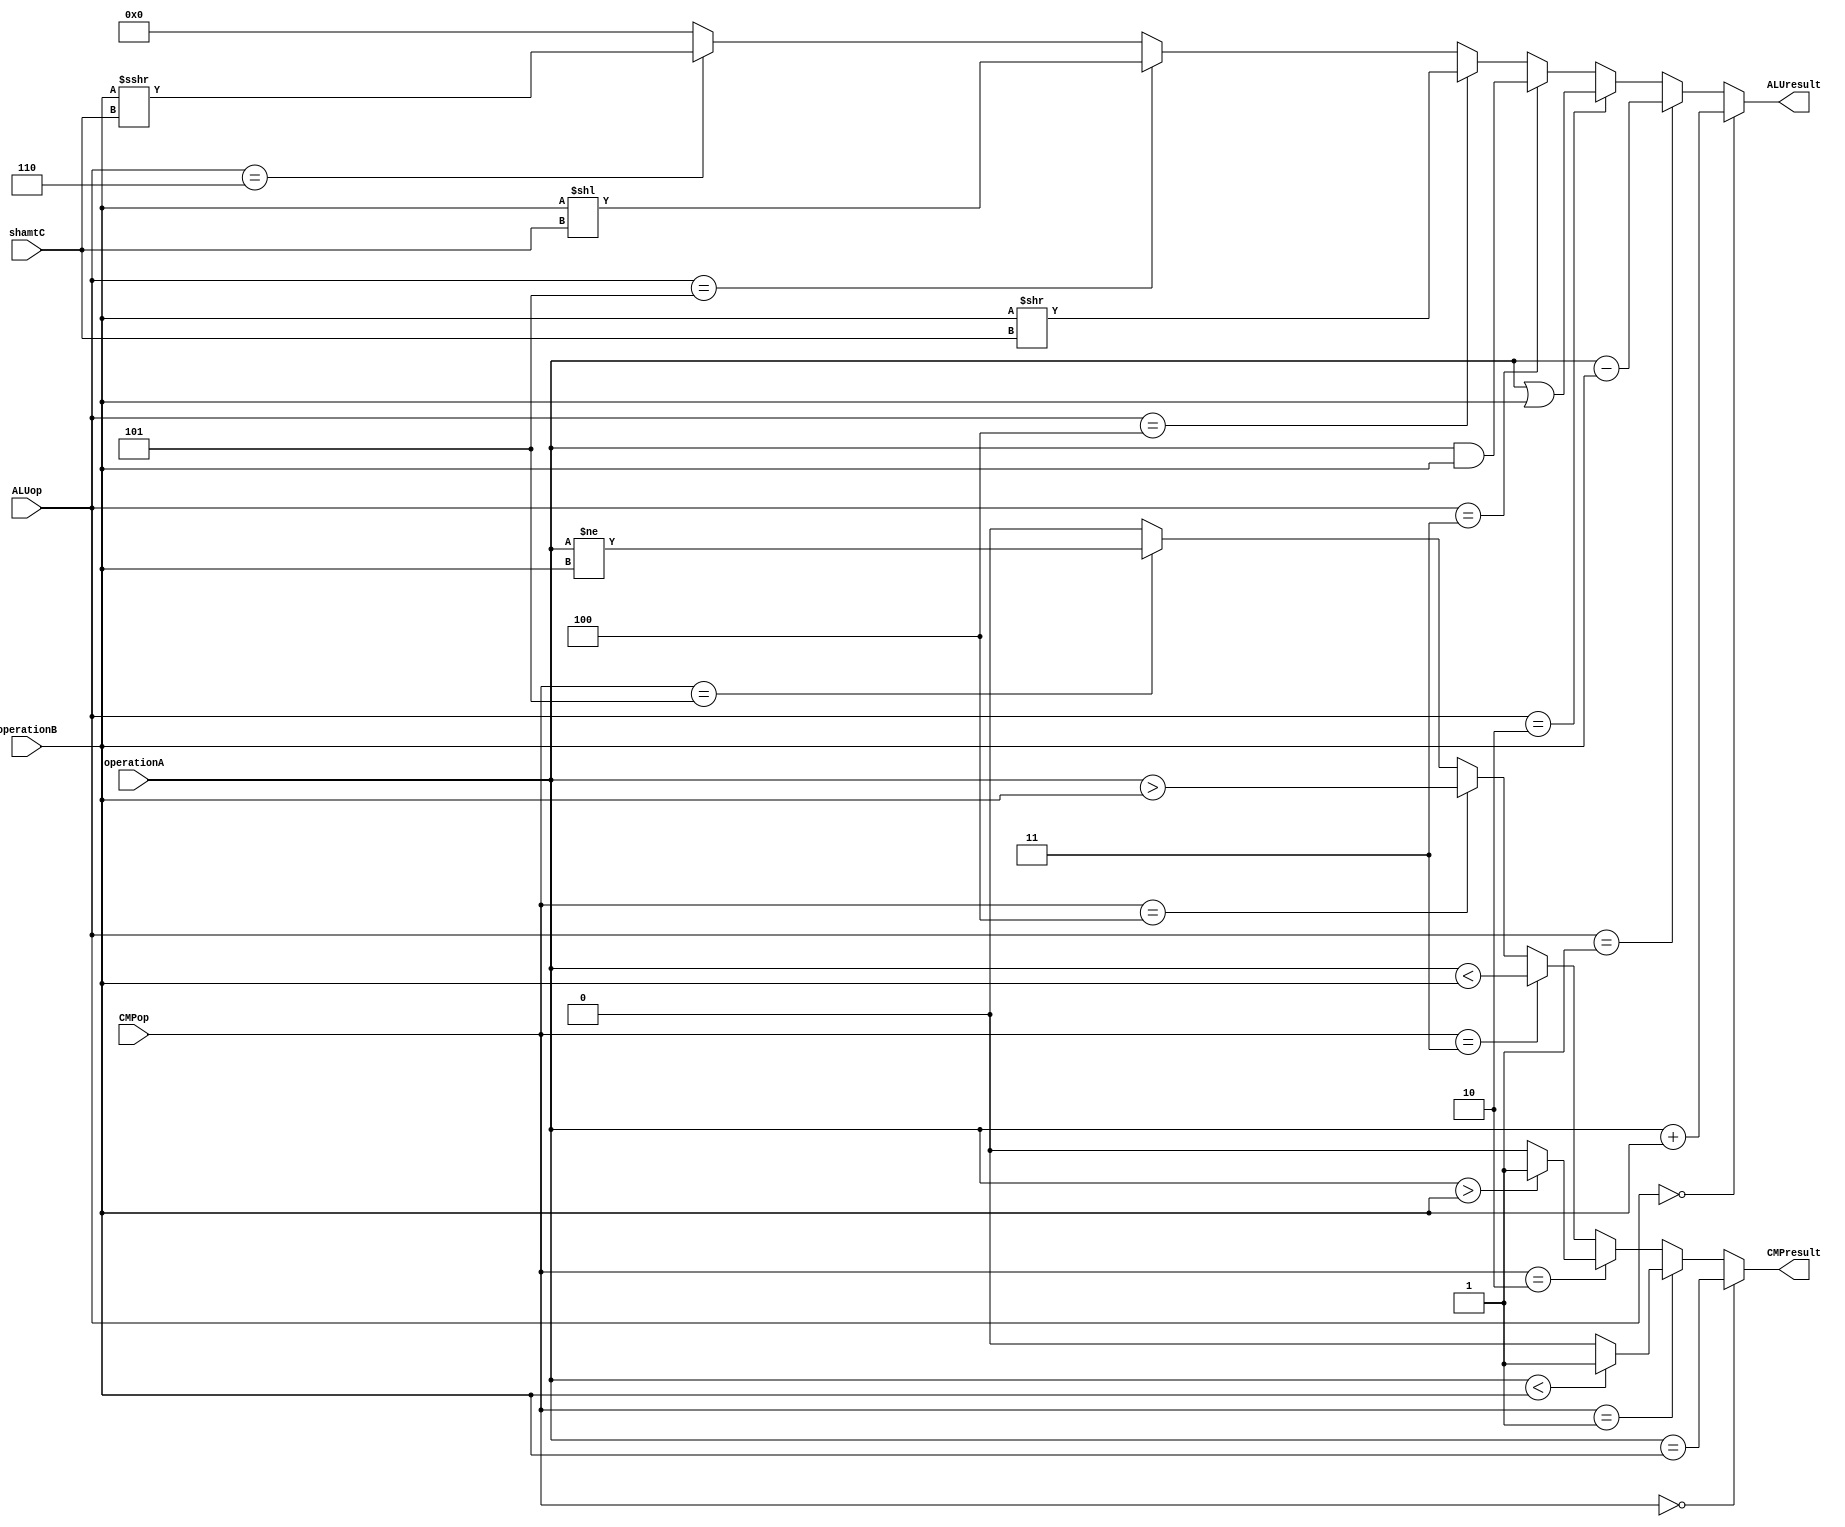
`timescale 1ns / 1ps
//////////////////////////////////////////////////////////////////////////////////
// Company: 
// Engineer: 
// 
// Design Name: 
// Module Name:    ALU 
// Project Name: 
// Target Devices: 
// Tool versions: 
// Description: 
//
// Dependencies: 
//
// Revision: 
// Revision 0.01 - File Created
// Additional Comments: 
//
//////////////////////////////////////////////////////////////////////////////////
module ALU(
    input [31:0] operationA,
    input [31:0] operationB,
    input [4:0] shamtC,
    input [2:0] ALUop,
    input [2:0] CMPop,
    output [31:0] ALUresult,
    output CMPresult
    );
	 wire larger;
	 wire litter;
	 wire [31:0] archshift;
	 assign larger = ($signed(operationA) > $signed(operationB)) ? 1'b1 : 1'b0;
	 assign litter = ($signed(operationA) < $signed(operationB)) ? 1'b1 : 1'b0;
	 assign archshift = $signed(operationB) >>> $signed(shamtC);
	 
	 assign CMPresult = (CMPop == 3'b000) ? (operationA == operationB) :
	                    (CMPop == 3'b001) ? litter :
							  (CMPop == 3'b010) ? larger :
							  (CMPop == 3'b011) ? (operationA < operationB) :
							  (CMPop == 3'b100) ? (operationA > operationB) :
							  (CMPop == 3'b101) ? (operationA != operationB) :
							  1'b0;
	
	 assign ALUresult = (ALUop == 3'b000) ? (operationA + operationB) :
	                    (ALUop == 3'b001) ? (operationA - operationB) :
							  (ALUop == 3'b010) ? (operationA | operationB) :
							  (ALUop == 3'b011) ? (operationA & operationB) :
							  (ALUop == 3'b100) ? (operationB >> shamtC) :
							  (ALUop == 3'b101) ? (operationB << shamtC) :
							  (ALUop == 3'b110) ? archshift :
							  32'd0;


endmodule